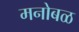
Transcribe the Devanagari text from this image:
मनोबळ